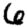
Digit: 6